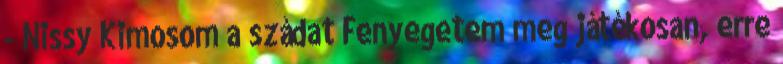
- Nissy Kimosom a szádat Fenyegetem meg játékosan, erre